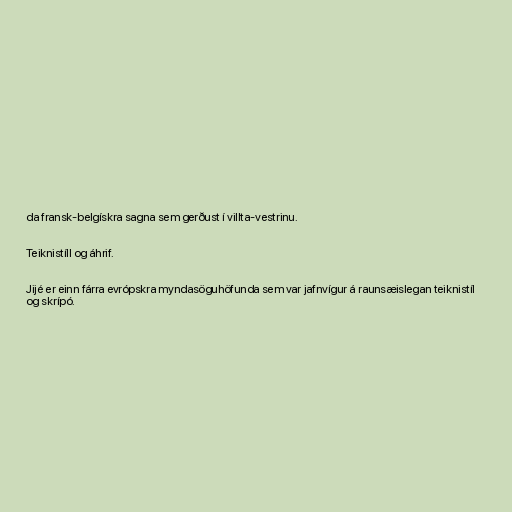
da fransk-belgískra sagna sem gerðust í villta-vestrinu.

Teiknistíll og áhrif.

Jijé er einn fárra evrópskra myndasöguhöfunda sem var jafnvígur á raunsæislegan teiknistíl
og skrípó.